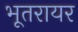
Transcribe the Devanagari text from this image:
भूतरायर